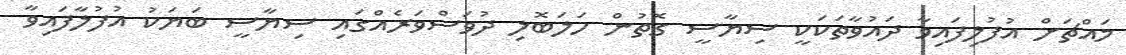
މައްޗަށް އުފުލިފައިވާ ދައުވާތަކަކީ ސިޔާސީ ގޮތުން ހަލަބޮލި ދުވަސްވަރެއްގައި ސިޔާސީ ބަޔަކު އުފުލާފައިވާ